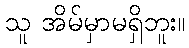
သူ အိမ်မှာမရှိဘူး။